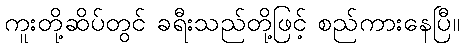
ကူးတို့ဆိပ်တွင် ခရီးသည်တို့ဖြင့် စည်ကားနေပြီ။